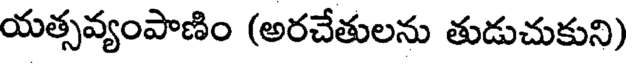
యత్సవ్యంపాణిం (అరచేతులను తుడుచుకుని)